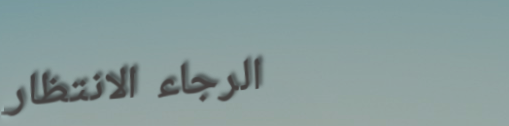
الرجاء الانتظار